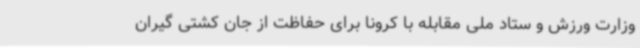
وزارت ورزش و ستاد ملی مقابله با کرونا برای حفاظت از جان کشتی گیران